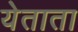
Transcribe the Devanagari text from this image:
येताता